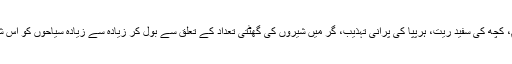
میں سوم ناتھ مندر کے بارے میں بات کروں گا، گاندھی گرام، کَچھ کی سفید ریت، ہرپپا کی پرانی تہذیب، گِر میں شیروں کی گھٹتی تعداد کے تعلق سے بول کر زیادہ سے زیادہ سیاحوں کو اِس شان دار سرزمین کی طرف راغب کرنے کی کوشش کروں گا۔